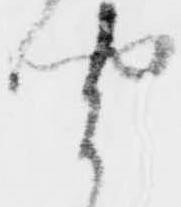
聞